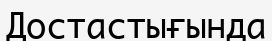
Достастығында